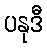
ပနုဒီ